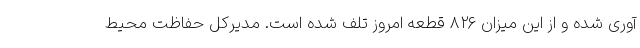
آوری شده و از این میزان ۸۲۶ قطعه امروز تلف شده است. مدیرکل حفاظت محیط